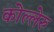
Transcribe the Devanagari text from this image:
कोल्लेरु